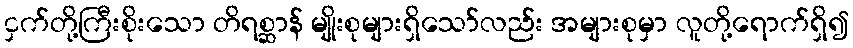
ငှက်တို့ကြီးစိုးသော တိရစ္ဆာန် မျိုးစုများရှိသော်လည်း အများစုမှာ လူတို့ရောက်ရှိ၍